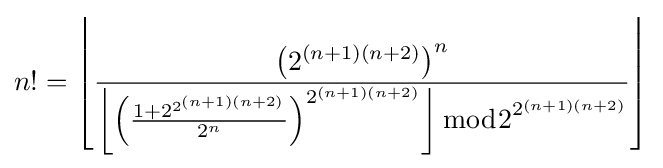
n!=\left\lfloor {\frac {\left(2^{(n+1)(n+2)}\right)^{n}}{\left\lfloor \left({\frac {1+2^{2^{(n+1)(n+2)}}}{2^{n}}}\right)^{2^{(n+1)(n+2)}}\right\rfloor {\bmod {2}}^{2^{(n+1)(n+2)}}}}\right\rfloor